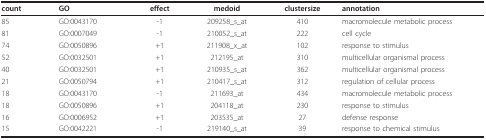
<table><thead><tr><td><b>count</b></td><td><b>GO</b></td><td><b>effect</b></td><td><b>medoid</b></td><td><b>clustersize</b></td><td><b>annotation</b></td></tr></thead><tbody><tr><td>85</td><td>GO:0043170</td><td>-1</td><td>209258_s_at</td><td>410</td><td>macromolecule metabolic process</td></tr><tr><td>81</td><td>GO:0007049</td><td>-1</td><td>210052_s_at</td><td>222</td><td>cell cycle</td></tr><tr><td>74</td><td>GO:0050896</td><td>+1</td><td>211908_x_at</td><td>102</td><td>response to stimulus</td></tr><tr><td>52</td><td>GO:0032501</td><td>+1</td><td>212195_at</td><td>310</td><td>multicellular organismal process</td></tr><tr><td>40</td><td>GO:0032501</td><td>+1</td><td>210935_s_at</td><td>362</td><td>multicellular organismal process</td></tr><tr><td>21</td><td>GO:0050794</td><td>+1</td><td>210417_s_at</td><td>312</td><td>regulation of cellular process</td></tr><tr><td>18</td><td>GO:0043170</td><td>-1</td><td>211693_at</td><td>434</td><td>macromolecule metabolic process</td></tr><tr><td>18</td><td>GO:0050896</td><td>+1</td><td>204118_at</td><td>230</td><td>response to stimulus</td></tr><tr><td>16</td><td>GO:0006952</td><td>+1</td><td>203535_at</td><td>27</td><td>defense response</td></tr><tr><td>15</td><td>GO:0042221</td><td>-1</td><td>219140_s_at</td><td>39</td><td>response to chemical stimulus</td></tr></tbody></table>